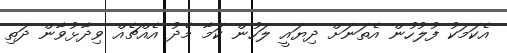
އެކަމަކު ފުލުހުން އެތަނަށް ދިޔައީ ލަހުން ކަމާ މެދު އެއްޗެއް ވިދާޅުވާން ދަތި